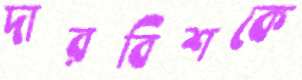
দারবিশকে